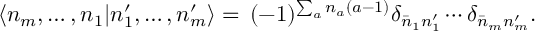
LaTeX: \langle n _ { m } , \ldots , n _ { 1 } | n _ { 1 } ^ { \prime } , \ldots , n _ { m } ^ { \prime } \rangle = \, ( - 1 ) ^ { \sum _ { a } n _ { a } ( a - 1 ) } \delta _ { \bar { n } _ { 1 } n _ { 1 } ^ { \prime } } \cdots \delta _ { \bar { n } _ { m } n _ { m } ^ { \prime } } .